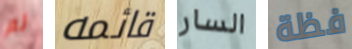
لم قائمه السار فظة